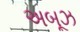
અબૂઝ